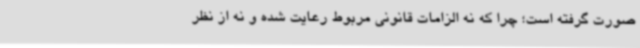
صورت گرفته است؛ چرا که نه الزامات قانونی مربوط رعایت شده و نه از نظر